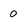
Character: 0